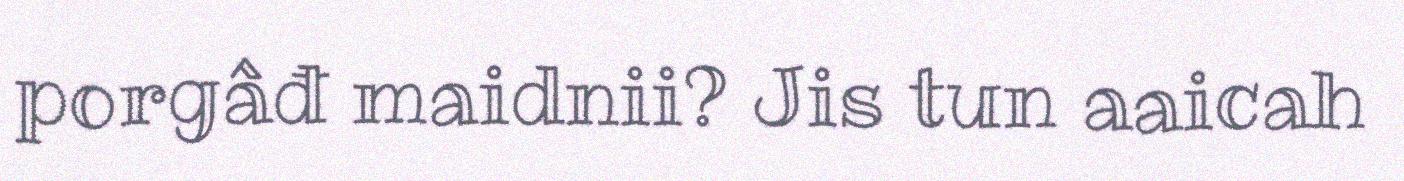
porgâđ maidnii? Jis tun aaicah